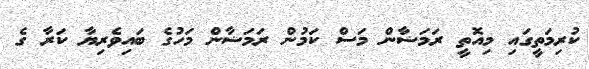
ކުރިމަތީގައި މިއޮތީ ރަމަޟާން މަސް ކަމުން ރަމަޟާން މަހުގެ ބައިވެރިޔާ ކަރާ ގެ